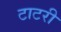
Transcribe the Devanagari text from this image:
टाटरी